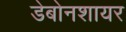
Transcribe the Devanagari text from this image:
डेबोनशायर